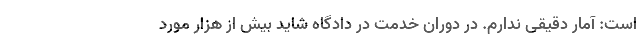
است: آمار دقیقی ندارم. در دوران خدمت در دادگاه شاید بیش از هزار مورد